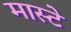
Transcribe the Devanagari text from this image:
मास्टे